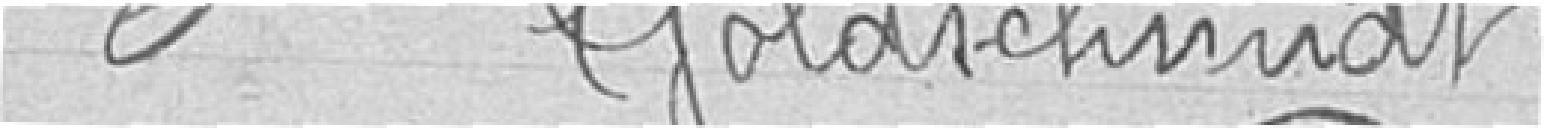
6 Goldschmidt